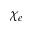
\chi _ { e }